Vaccination in the Punjab 1905-1918 - 1905-1918
Year: 1905
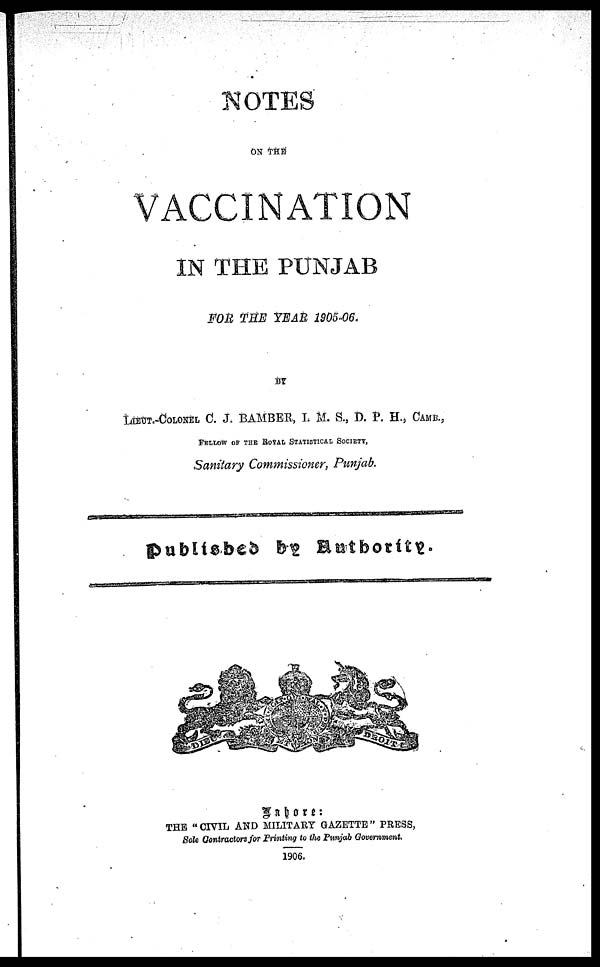
NOTES
ON THE
VACCINATION
IN THE PUNJAB
FOR THE YEAR 1905-06.
BY
LIEUT.-COLONEL C. J. BAMBER, I. M. S., D. P. H., CAMB.,
FELLOW OF THE ROYAL STATISTICAL SOCIETY,
Sanitary Commissioner, Punjab.
published
by Authority.
Lahore:
THE "CIVIL AND MILITARY GAZETTE" PRESS,
Sole Contractors for Printing to the Punjab Government.
1906.